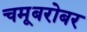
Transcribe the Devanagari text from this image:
चमूबरोबर